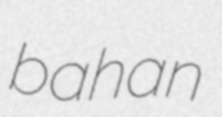
bahan